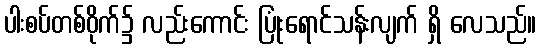
ပါးစပ်တစ်ဝိုက်၌ လည်းကောင်း ပြုံးရောင်သန်းလျက် ရှိ လေသည်။